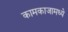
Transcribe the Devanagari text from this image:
कामकाजामध्ये